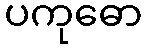
ပကုဓော